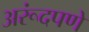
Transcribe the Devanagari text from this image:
अरूंदपणे